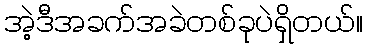
အဲ့ဒီအခက်အခဲတစ်ခုပဲရှိတယ်။